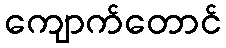
ကျောက်တောင်